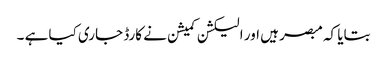
بتایا کہ مبصر ہیں اور الیکشن کمیشن نے کارڈ جاری کیا ہے ۔